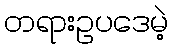
တရားဥပဒေမဲ့